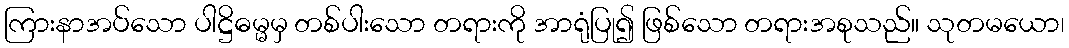
ကြားနာအပ်သော ပါဋ္ဌိဓမ္မမှ တစ်ပါးသော တရားကို အာရုံပြု၍ ဖြစ်သော တရားအစုသည်။ သုတမယော၊